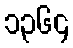
၁၃၆၄